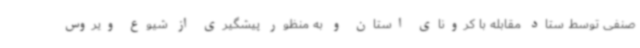
صنفی توسط ستاد مقابله با کرونای استان و به منظور پیشگیری از شیوع ویروس